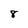
Character: 8